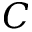
C